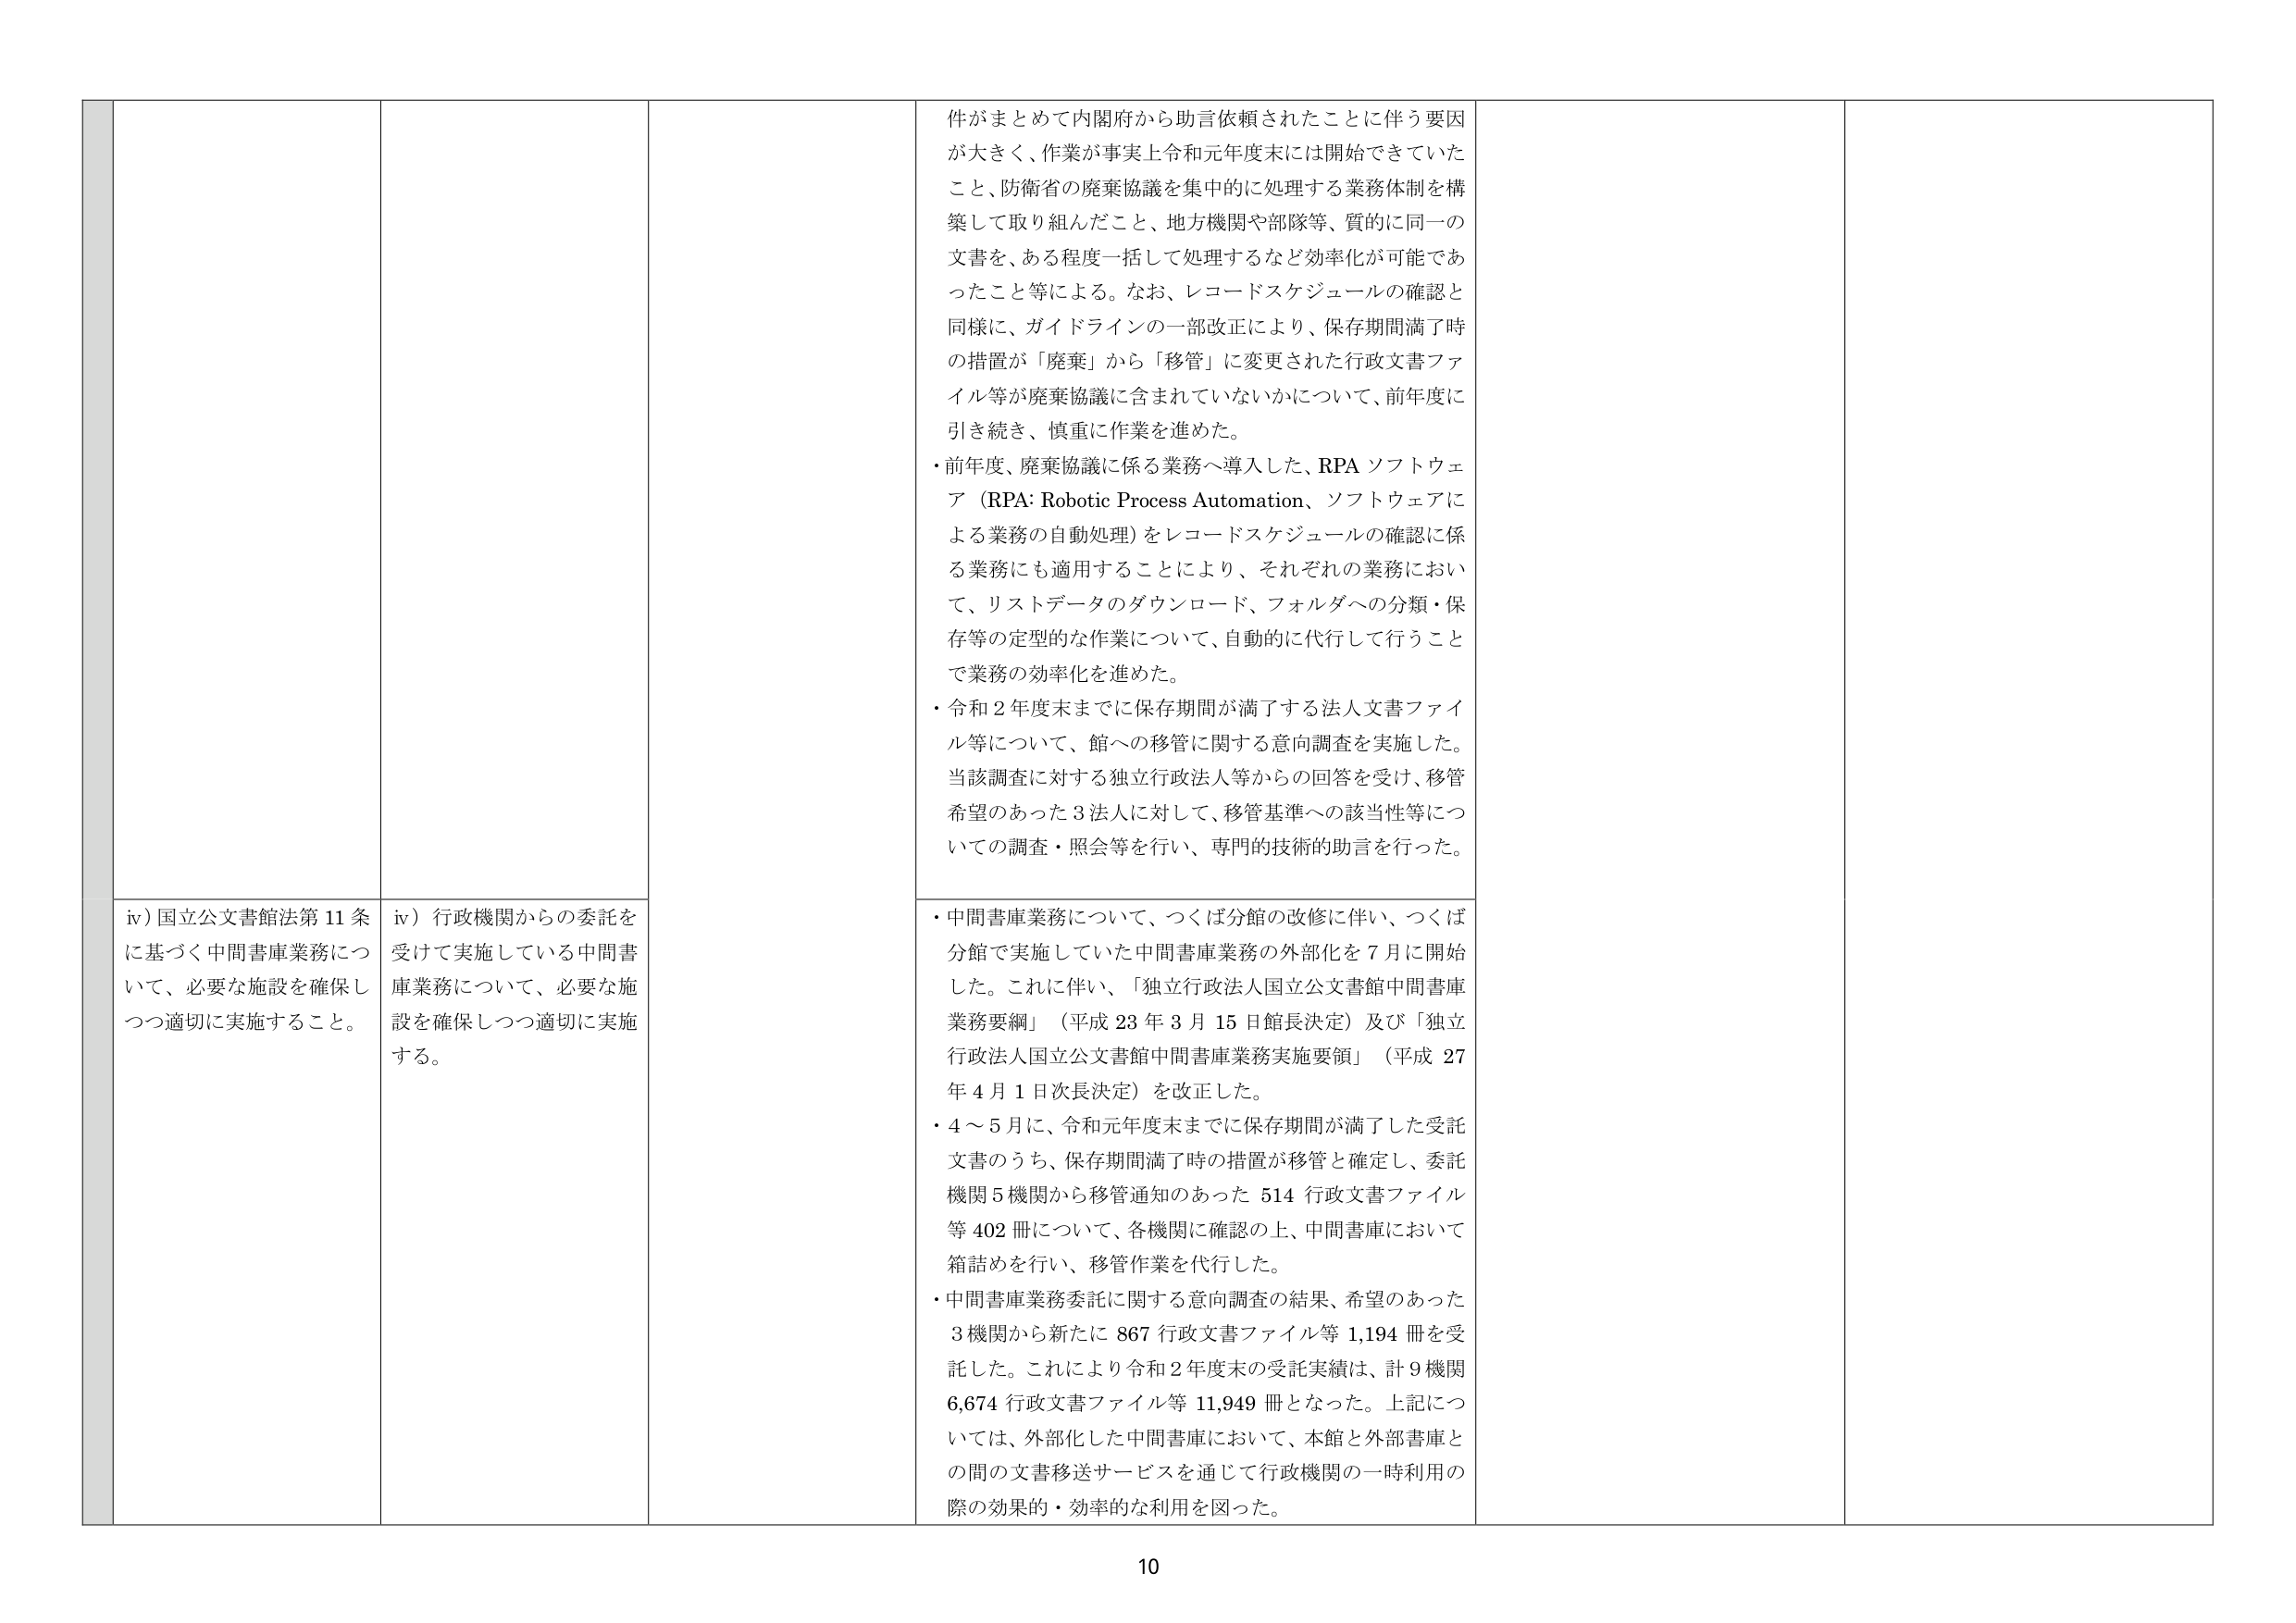
件がまとめて内閣府から助言依頼されたことに伴う要因が大きく、作業が事実上令和元年度末には開始できていたこと、防衛省の廃棄協議を集中的に処理する業務体制を構築して取り組んだこと、地方機関や部隊等、質的に同一の文書を、ある程度一括して処理するなど効率化が可能であったこと等による。なお、レコードスケジュールの確認と同様に、ガイドラインの一部改正により、保存期間満了時の措置が「廃棄」から「移管」に変更された行政文書ファイル等が廃棄協議に含まれていないかについて、前年度に引き続き、慎重に作業を進めた。

・前年度、廃棄協議に係る業務へ導入した、RPA ソフトウェア（RPA: Robotic Process Automation、ソフトウェアによる業務の自動処理）をレコードスケジュールの確認に係る業務にも適用することにより、それぞれの業務において、リストデータのダウンロード、フォルダへの分類・保存等の定型的な作業について、自動的に代行して行うことで業務の効率化を進めた。

・令和２年度末までに保存期間が満了する法人文書ファイル等について、館への移管に関する意向調査を実施した。当該調査に対する独立行政法人等からの回答を受け、移管希望のあった３法人に対して、移管基準への該当性等についての調査・照会等を行い、専門的技術的助言を行った。

iv）国立公文書館法第11条に基づく中間書庫業務について、必要な施設を確保しつつ適切に実施すること。

iv）行政機関からの委託を受けて実施している中間書庫業務について、必要な施設を確保しつつ適切に実施する。

・中間書庫業務について、つくば分館の改修に伴い、つくば分館で実施していた中間書庫業務の外部化を７月に開始した。これに伴い、「独立行政法人国立公文書館中間書庫業務要綱」（平成23年3月15日館長決定）及び「独立行政法人国立公文書館中間書庫業務実施要領」（平成27年4月1日次長決定）を改正した。

・4～5月に、令和元年度末までに保存期間が満了した受託文書のうち、保存期間満了時の措置が移管と確定し、委託機関5機関から移管通知のあった514行政文書ファイル等402冊について、各機関に確認の上、中間書庫において箱詰めを行い、移管作業を代行した。

・中間書庫業務委託に関する意向調査の結果、希望のあった3機関から新たに867行政文書ファイル等1,194冊を受託した。これにより令和2年度末の受託実績は、計9機関6,674行政文書ファイル等11,949冊となった。上記については、外部化した中間書庫において、本館と外部書庫との間の文書移送サービスを通じて行政機関の一時利用の際の効果的・効率的な利用を図った。

10